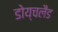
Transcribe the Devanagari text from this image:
डोय्चलैंड